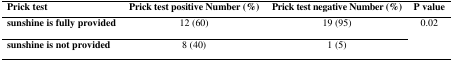
<table><thead><tr><td><b>Prick test</b></td><td><b>Prick test positive Number (%)</b></td><td><b>Prick test negative Number (%)</b></td><td><b>P value</b></td></tr></thead><tbody><tr><td><b>sunshine is fully provided</b></td><td>12 (60)</td><td>19 (95)</td><td rowspan="2">0.02</td></tr><tr><td><b>sunshine is not provided</b></td><td>8 (40)</td><td>1 (5)</td></tr></tbody></table>